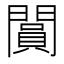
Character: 𨶎